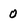
Character: 0